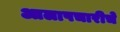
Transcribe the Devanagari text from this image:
आलापचारीचे